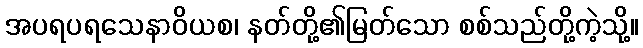
အပရပရသေနာဝိယစ၊ နတ်တို့၏မြတ်သော စစ်သည်တို့ကဲ့သို့။